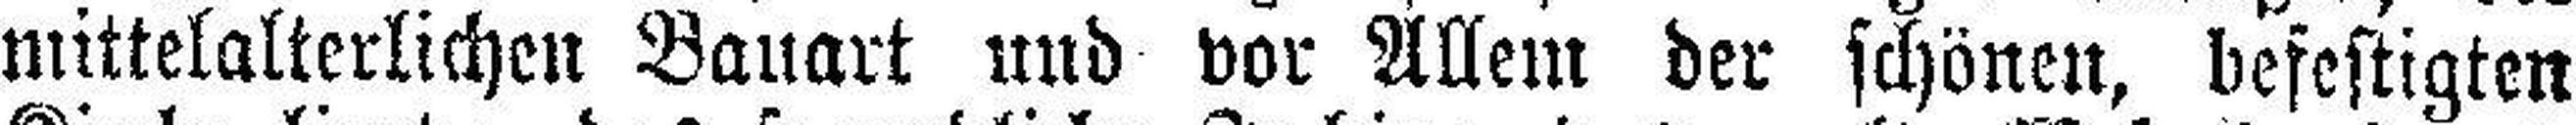
mittelalterlichen Bauart und vor Allem der schönen, befestigten